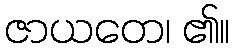
ဇာယတေ၊ ၏။